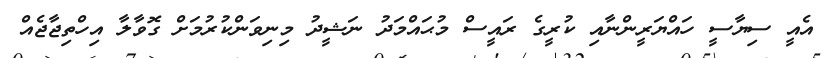
އެއީ ސިޔާސީ ހައްޔަރީންނާއި ކުރީގެ ރައީސް މުޙައްމަދު ނަޝީދު މިނިވަންކުރުމަށް ގޮވާލާ އިހްތިޖާޖެއް